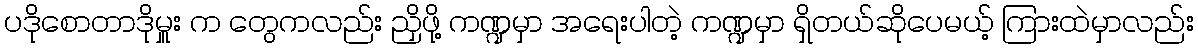
ပဒိုစောတာဒိုမှူး က တွေကလည်း ညှိဖို့ ကဏ္ဍမှာ အရေးပါတဲ့ ကဏ္ဍမှာ ရှိတယ်ဆိုပေမယ့် ကြားထဲမှာလည်း